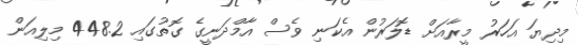
މިދިޔަ އަހަރު މީރާއަށް ޑޮލަރުން އެކަނި ވެސް އާމްދަނީގެ ގޮތުގައި 448.2 މިލިއަން